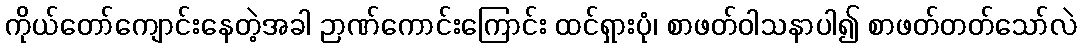
ကိုယ်တော်ကျောင်းနေတဲ့အခါ ဉာဏ်ကောင်းကြောင်း ထင်ရှားပုံ၊ စာဖတ်ဝါသနာပါ၍ စာဖတ်တတ်သော်လဲ